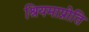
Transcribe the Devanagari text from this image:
श्रियमाप्नोति